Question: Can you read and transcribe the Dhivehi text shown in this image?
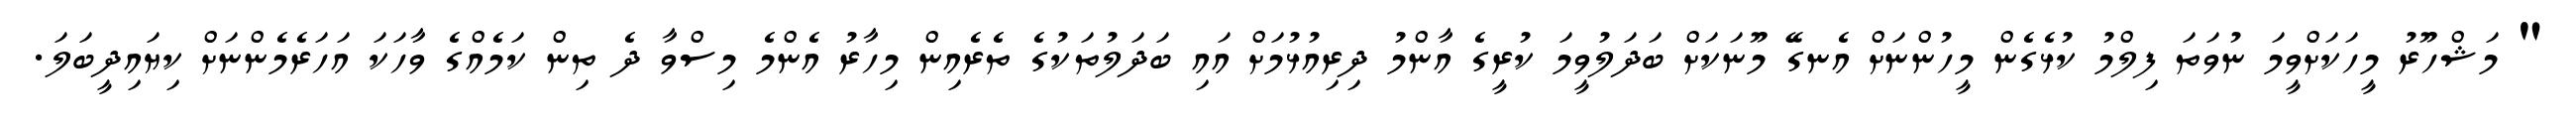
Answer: " މަޝްހޫރު މީހަކަށްވީމަ ނުވަތަ ފިލްމު ކުޅެގެން މީހުންނަށް އެނގޭ މޫނަކަށް ބަދަލުވީމަ ކުރީގެ އާންމު ދިރިއުޅުމަށް އައި ބަދަލުތަކުގެ ތެރެއިން މިހާރު އެންމެ މިސްވާ ދެ ތިން ކަމެއްގެ ވާހަކަ އަހަރެމެންނަށް ކިޔައިދީބަލަ.